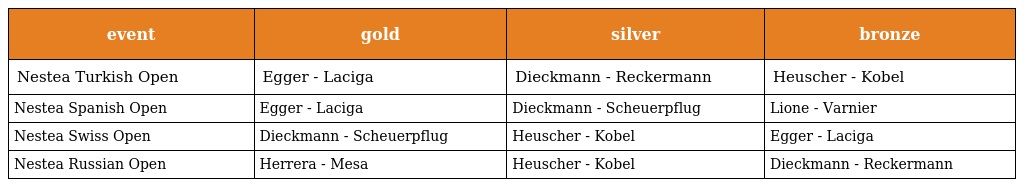
| event | gold | silver | bronze |
 | --- | --- | --- | --- |
 | Nestea Turkish Open | Egger - Laciga | Dieckmann - Reckermann | Heuscher - Kobel |
 | Nestea Spanish Open | Egger - Laciga | Dieckmann - Scheuerpflug | Lione - Varnier |
 | Nestea Swiss Open | Dieckmann - Scheuerpflug | Heuscher - Kobel | Egger - Laciga |
 | Nestea Russian Open | Herrera - Mesa | Heuscher - Kobel | Dieckmann - Reckermann |